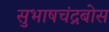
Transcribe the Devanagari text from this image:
सुभाषचंद्रबोस